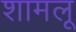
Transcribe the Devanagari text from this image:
शामलू